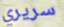
سريري